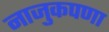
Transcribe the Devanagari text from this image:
नाजुकपणा